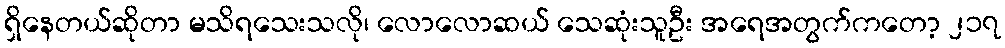
ရှိနေတယ်ဆိုတာ မသိရသေးသလို၊ လောလောဆယ် သေဆုံးသူဦး အရေအတွက်ကတော့ ၂၁၇